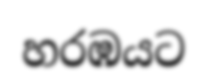
හරඹයට